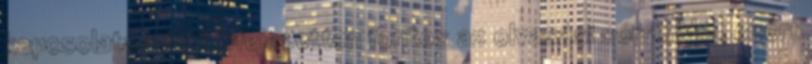
kapcsolata miatt kifejezetten fontos az olvasási sorrend -, ezért